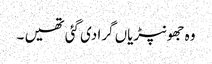
وہ جھونپڑیاں گرا دی گئی تھیں ۔